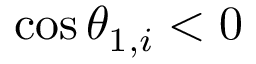
\cos \theta _ { 1 , i } < 0